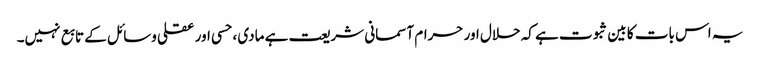
یہ اس بات کا بین ثبوت ہے کہ حلال اور حرام آسمانی شریعت ہے مادی ، حسی اور عقلی وسائل کے تابع نہیں۔